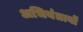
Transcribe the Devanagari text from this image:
अभियंतावों